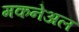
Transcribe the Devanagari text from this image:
मकनेअल